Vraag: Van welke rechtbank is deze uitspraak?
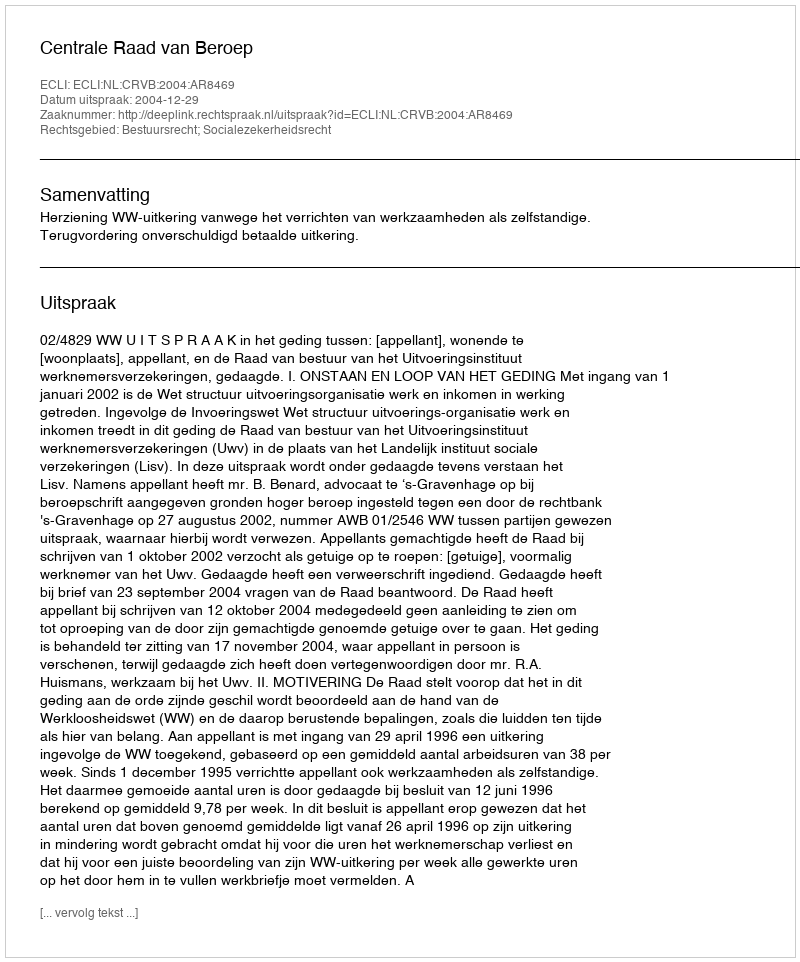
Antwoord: Centrale Raad van Beroep